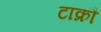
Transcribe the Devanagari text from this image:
टाक्रौ